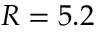
R = 5 . 2